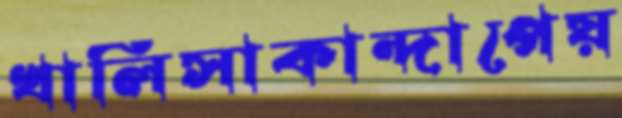
খালিসাকান্দাপেয়